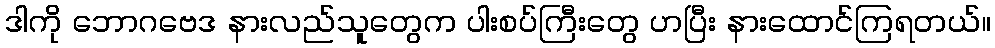
ဒါကို ဘောဂဗေဒ နားလည်သူတွေက ပါးစပ်ကြီးတွေ ဟပြီး နားထောင်ကြရတယ်။